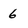
Character: 6